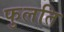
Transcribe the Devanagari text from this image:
फुलति